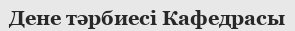
Дене тәрбиесі Кафедрасы